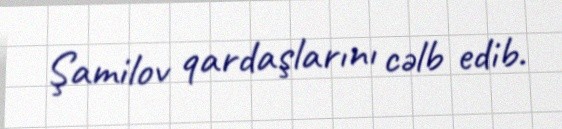
Şamilov qardaşlarını cəlb edib.